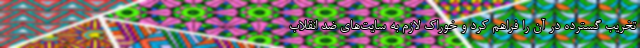
تخریب گسترده در آن را فراهم کرد و خوراک لازم به سایت‌های ضد انقلاب